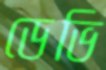
ডেভি